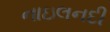
નાઇલનદી